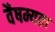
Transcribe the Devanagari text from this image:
वैषम्यता